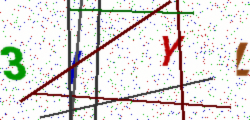
Text: 3IYL